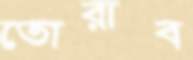
তোরাব